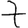
Digit: 7